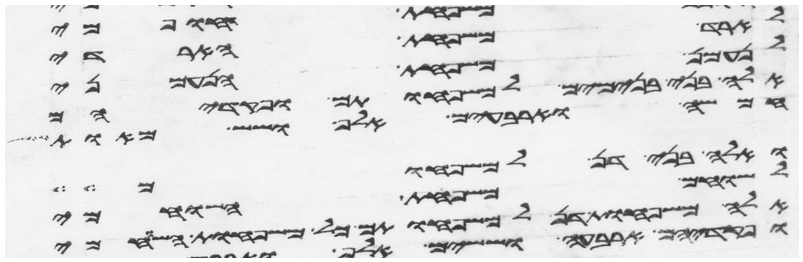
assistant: לארד משפחת הארדי
לנעמן משפחת הנעמני
אלה בני בנימים למשפחותם ופקדיהם
חמשה וארבעים אלף ושש מאות
ואלה בני דן למשפחותם
לשוחם משפחת השוחמי
אלה משפחות דן למשפחותם כל משפחות השוחמי